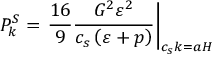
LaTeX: P _ { k } ^ { S } = \left. \frac { 1 6 } { 9 } \frac { G ^ { 2 } \varepsilon ^ { 2 } } { c _ { s } \left( \varepsilon + p \right) } \right| _ { c _ { s } k = a H }